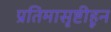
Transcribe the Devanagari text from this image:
प्रतिमासृष्टीहून